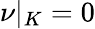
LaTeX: \nu|_{K}=0